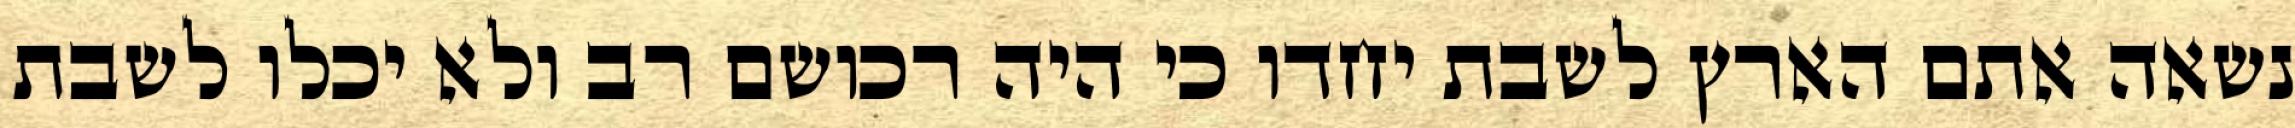
נשאה אתם הארץ לשבת יחדו כי היה רכושם רב ולא יכלו לשבת